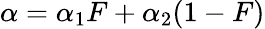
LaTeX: \alpha=\alpha_{1}F+\alpha_{2}(1-F)